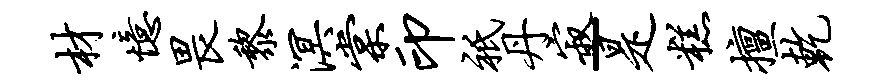
材忆畏黎溟棠印只丹寂-是糕擅乾